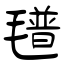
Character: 氆